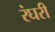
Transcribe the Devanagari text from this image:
रंघरी